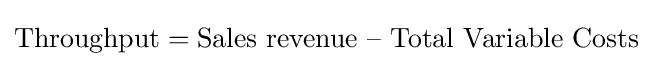
{\text{Throughput}}={\text{Sales revenue – Total Variable Costs}}